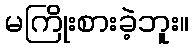
မကြိုးစားခဲ့ဘူး။